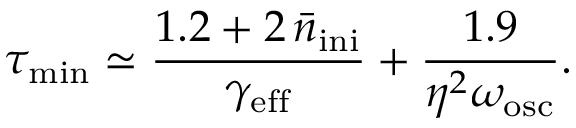
\tau _ { \mathrm { m i n } } \simeq \frac { 1 . 2 + 2 \, \bar { n } _ { \mathrm { i n i } } } { \gamma _ { \mathrm { e f f } } } + \frac { 1 . 9 } { \eta ^ { 2 } \omega _ { \mathrm { o s c } } } .